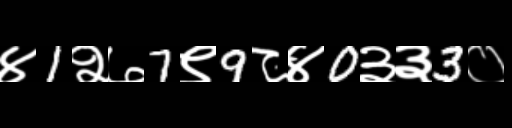
Text: ४1२७7९9८४0३३3०